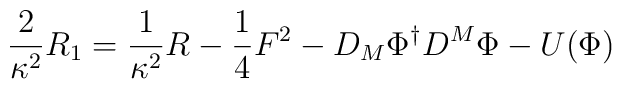
\frac{2}{\kappa^2}R_1= \frac{1}{\kappa^2}R  -\frac{1}{4}F^2 -D_M\Phi^{\dagger}D^M\Phi -U(\Phi)